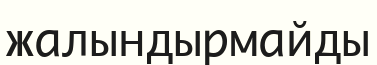
жалындырмайды